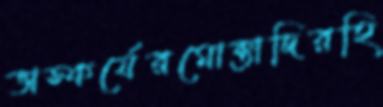
ভাস্কর্যেরমোক্তাদিরহি